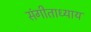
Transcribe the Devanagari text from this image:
संगीताध्याय